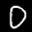
Label: 0